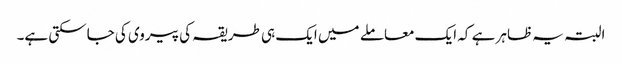
البتہ یہ ظاہر ہے کہ ایک معاملے میں ایک ہی طریقہ کی پیروی کی جاسکتی ہے۔